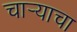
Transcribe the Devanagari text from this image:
चार्‍याचा